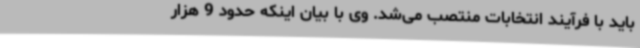
باید با فرآیند انتخابات منتصب می‌شد. وی با بیان اینکه حدود 9 هزار